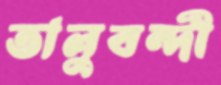
তালুবন্দী